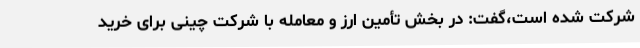
شرکت شده است،گفت: در بخش تأمین ارز و معامله با شرکت چینی برای خرید